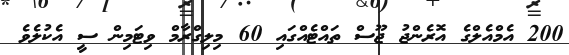
200 އެމްއެލްގެ އޮރެންޖު ޖޫސް ތައްޓެއްގައި 60 މިލިގްރާމް ވިޓަމިން ސީ އެކުލެވެ